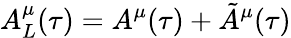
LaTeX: A_{L}^{\mu}(\tau)=A^{\mu}(\tau)+\tilde{A}^{\mu}(\tau)